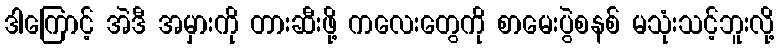
ဒါကြောင့် အဲဒီ အမှားကို တားဆီးဖို့ ကလေးတွေကို စာမေးပွဲစနစ် မသုံးသင့်ဘူးလို့